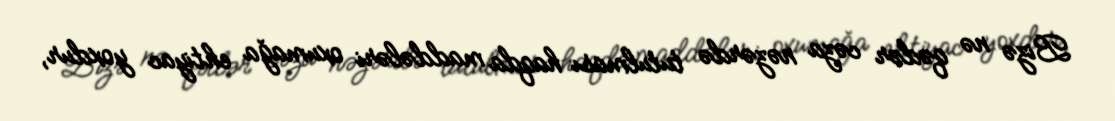
Bizə nə qədər cəza nəzərdə tutulması haqda maddələri oxumağa ehtiyac yoxdur,